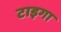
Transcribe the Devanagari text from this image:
टाइगा